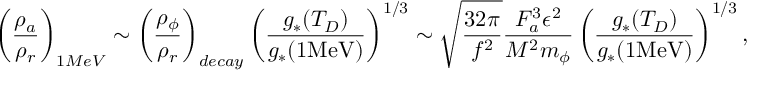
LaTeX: \left( \frac { \rho _ { a } } { \rho _ { r } } \right) _ { 1 M e V } \sim \left( \frac { \rho _ { \phi } } { \rho _ { r } } \right) _ { d e c a y } \left( \frac { g _ { * } ( T _ { D } ) } { g _ { * } ( 1 \mathrm { M e V } ) } \right) ^ { 1 / 3 } \sim \sqrt { \frac { 3 2 \pi } { f ^ { 2 } } } \frac { F _ { a } ^ { 3 } \epsilon ^ { 2 } } { M ^ { 2 } m _ { \phi } } \left( \frac { g _ { * } ( T _ { D } ) } { g _ { * } ( 1 \mathrm { M e V } ) } \right) ^ { 1 / 3 } ,